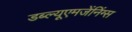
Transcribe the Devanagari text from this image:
डब्ल्यूएमजेंनिंग्स